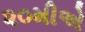
૨૦મીએ